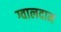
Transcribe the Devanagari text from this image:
ग्वालदाम